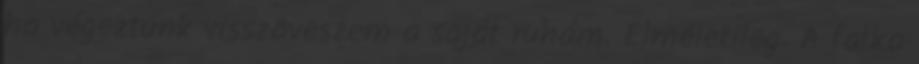
ha végeztünk visszaveszem a saját ruhám. Elméletileg. A falka